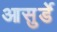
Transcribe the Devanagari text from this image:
आसुर्डे